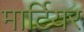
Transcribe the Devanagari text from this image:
मार्टियर